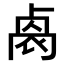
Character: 𠨁